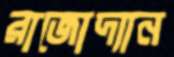
রাজোদ্যান